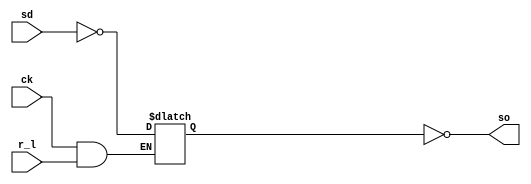
module bw_clk_cclk_scanlasr_2x (so, sd, ck, r_l);
output so;
input sd, ck, r_l;

reg so_l;

    assign so = ~so_l;
    always @ ( ck or sd or r_l )
       if (~(ck & r_l)) so_l <= ~sd ;

endmodule